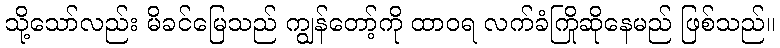
သို့သော်လည်း မိခင်မြေသည် ကျွန်တော့်ကို ထာဝရ လက်ခံကြိုဆိုနေမည် ဖြစ်သည်။